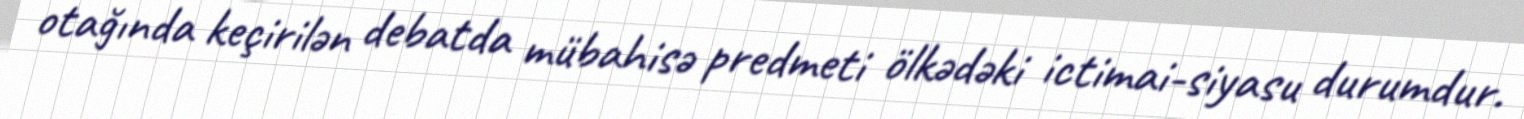
otağında keçirilən debatda mübahisə predmeti ölkədəki ictimai-siyasu durumdur.